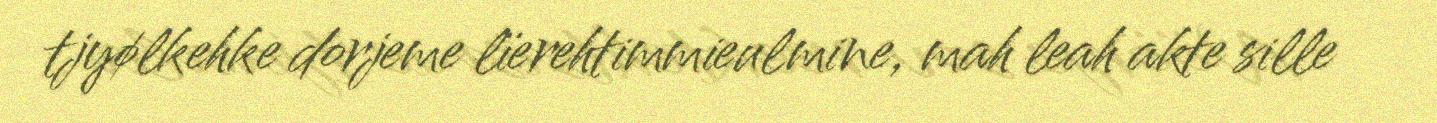
tjyølkehke dorjeme lïerehtimmieulmine, mah leah akte sille